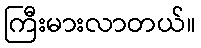
ကြီးမားလာတယ်။